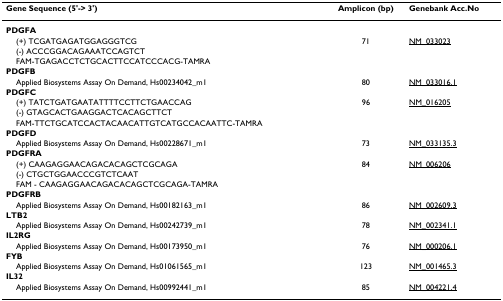
| Gene Sequence (5'-> 3') | Amplicon (bp) | Genebank Acc.No |
 | --- | --- | --- |
 | PDGFA |  |  |
 | (+) TCGATGAGATGGAGGGTCG | 71 | NM_033023 |
 | (-) ACCCGGACAGAAATCCAGTCT |  |  |
 | FAM-TGAGACCTCTGCACTTCCATCCCACG-TAMRA |  |  |
 | PDGFB |  |  |
 | Applied Biosystems Assay On Demand, Hs00234042_m1 | 80 | NM_033016.1 |
 | PDGFC |  |  |
 | (+) TATCTGATGAATATTTTCCTTCTGAACCAG | 96 | NM_016205 |
 | (-) GTAGCACTGAAGGACTCACAGCTTCT |  |  |
 | FAM-TTCTGCATCCACTACAACATTGTCATGCCACAATTC-TAMRA |  |  |
 | PDGFD |  |  |
 | Applied Biosystems Assay On Demand, Hs00228671_m1 | 73 | NM_033135.3 |
 | PDGFRA |  |  |
 | (+) CAAGAGGAACAGACACAGCTCGCAGA | 84 | NM_006206 |
 | (-) CTGCTGGAACCCGTCTCAAT |  |  |
 | FAM - CAAGAGGAACAGACACAGCTCGCAGA-TAMRA |  |  |
 | PDGFRB |  |  |
 | Applied Biosystems Assay On Demand, Hs00182163_m1 | 86 | NM_002609.3 |
 | LTB2 |  |  |
 | Applied Biosystems Assay On Demand, Hs00242739_m1 | 78 | NM_002341.1 |
 | IL2RG |  |  |
 | Applied Biosystems Assay On Demand, Hs00173950_m1 | 76 | NM_000206.1 |
 | FYB |  |  |
 | Applied Biosystems Assay On Demand, Hs01061565_m1 | 123 | NM_001465.3 |
 | IL32 |  |  |
 | Applied Biosystems Assay On Demand, Hs00992441_m1 | 85 | NM_004221.4 |